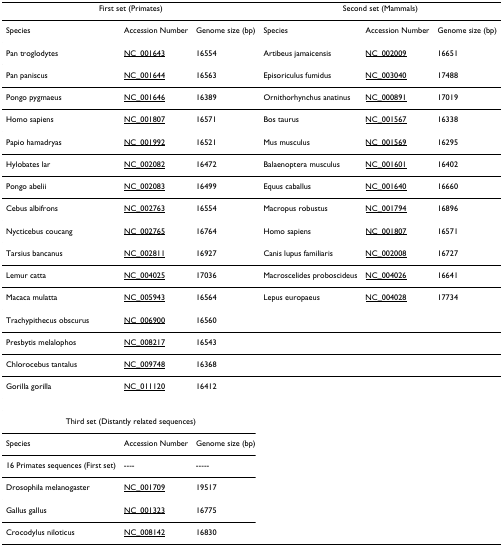
| <COLSPAN=3> First set (Primates) | <COLSPAN=3> Second set (Mammals) |
 | --- | --- | --- | --- | --- | --- |
 | Species | Accession Number | Genome size (bp) | Species | Accession Number | Genome size (bp) |
 | Pan troglodytes | NC_001643 | 16554 | Artibeus jamaicensis | NC_002009 | 16651 |
 | Pan paniscus | NC_001644 | 16563 | Episoriculus fumidus | NC_003040 | 17488 |
 | Pongo pygmaeus | NC_001646 | 16389 | Ornithorhynchus anatinus | NC_000891 | 17019 |
 | Homo sapiens | NC_001807 | 16571 | Bos taurus | NC_001567 | 16338 |
 | Papio hamadryas | NC_001992 | 16521 | Mus musculus | NC_001569 | 16295 |
 | Hylobates lar | NC_002082 | 16472 | Balaenoptera musculus | NC_001601 | 16402 |
 | Pongo abelii | NC_002083 | 16499 | Equus caballus | NC_001640 | 16660 |
 | Cebus albifrons | NC_002763 | 16554 | Macropus robustus | NC_001794 | 16896 |
 | Nycticebus coucang | NC_002765 | 16764 | Homo sapiens | NC_001807 | 16571 |
 | Tarsius bancanus | NC_002811 | 16927 | Canis lupus familiaris | NC_002008 | 16727 |
 | Lemur catta | NC_004025 | 17036 | Macroscelides proboscideus | NC_004026 | 16641 |
 | Macaca mulatta | NC_005943 | 16564 | Lepus europaeus | NC_004028 | 17734 |
 | Trachypithecus obscurus | NC_006900 | 16560 |  |  |  |
 | Presbytis melalophos | NC_008217 | 16543 |  |  |  |
 | Chlorocebus tantalus | NC_009748 | 16368 |  |  |  |
 | Gorilla gorilla | NC_011120 | 16412 |  |  |  |
 | <COLSPAN=3> Third set (Distantly related sequences) |  |  |  |
 | Species | Accession Number | Genome size (bp) |  |  |  |
 | 16 Primates sequences (First set) | ---- | ----- |  |  |  |
 | Drosophila melanogaster | NC_001709 | 19517 |  |  |  |
 | Gallus gallus | NC_001323 | 16775 |  |  |  |
 | Crocodylus niloticus | NC_008142 | 16830 |  |  |  |